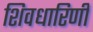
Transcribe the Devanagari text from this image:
शिवधारिणी